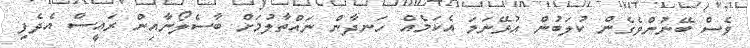
ވެސް ބޭނުންވެގެން ކުލަބުން އުޅޭނަމަ އެކަމެއް ހަނދާން ނައްތާލުމަށް ބާސެލޯނާއިން ރައީސް އެދެފި